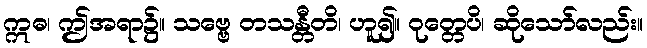
ဣဓ၊ ဤအရာ၌။ သဗ္ဗေ တသန္တီတိ၊ ဟူ၍။ ဝုတ္တေပိ၊ ဆိုသော်လည်း။